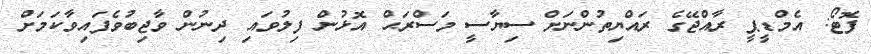
ފޮޓޯ: އެމްޑީޕީ ރާއްޖޭގެ ރައްޔިތުންނަށް ސިޔާސީ މަސްރަޙް އޮޅުން ފިލުވައި ދިނުން ވާޖިބުވެފައިވާކަމަށް